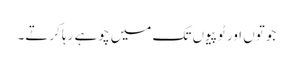
جوتوں اور ٹوپیوں تک میں چوہے رہا کرتے۔